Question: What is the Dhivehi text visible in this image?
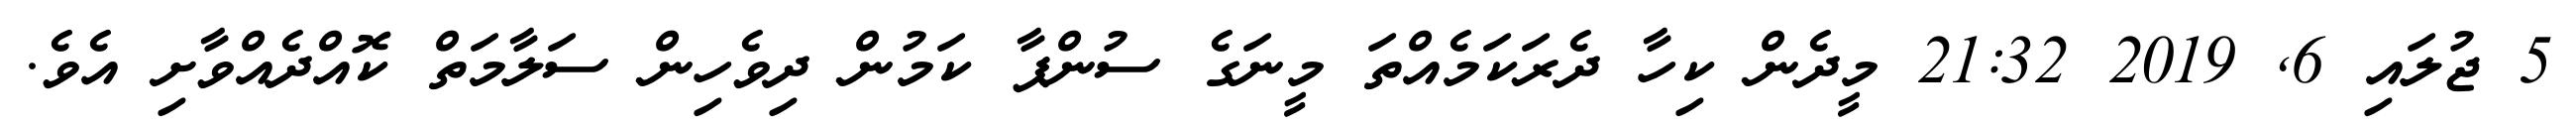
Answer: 5 ޖުލައި 6, 2019 21:32 މީދެން ކިހާ ދެރަކަމެއްތަ މީނަގެ ސުންޕާ ކަމުން ދިވެހިން ސަލާމަތް ކޮއްދެއްވާށި އެވެ.